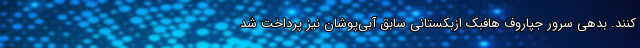
کنند. بدهی سرور جپاروف هافبک ازبکستانی سابق آبی‌پوشان نیز پرداخت شد